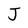
Character: J